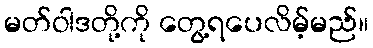
မတ်ဝါဒတို့ကို တွေ့ရပေလိမ့်မည်။